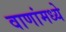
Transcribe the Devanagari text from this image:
वाणांमध्ये